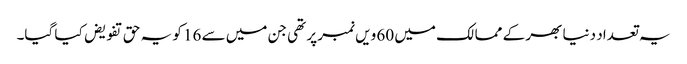
یہ تعداد دنیا بھر کے ممالک میں 60 ویں نمبر پر تھی جن میں سے 16 کو یہ حق تفویض کیا گیا۔